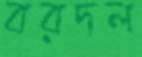
বরদল